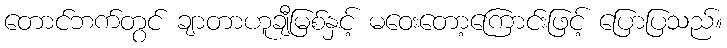
တောင်ဘက်တွင် ချာတာဟူချီမြစ်နှင့် မဝေးတော့ကြောင်းဖြင့် ပြောပြသည်။